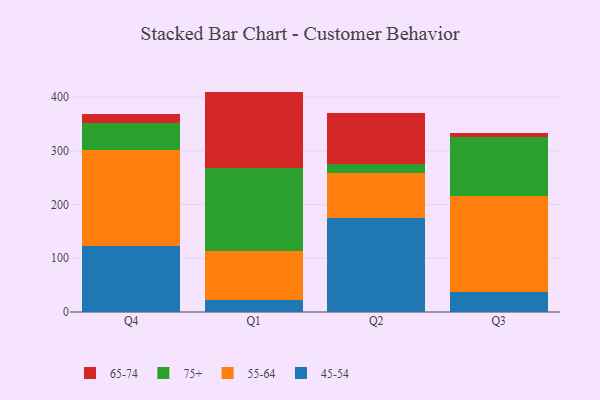
{"axis": {"x": "Quarter", "y": "Energy Usage (MWh)"}, "legend": ["45-54", "55-64", "65-74", "75+"], "data": [{"x": "Q4", "y": 123.6, "type": "45-54"}, {"x": "Q4", "y": 177.9, "type": "55-64"}, {"x": "Q4", "y": 49.9, "type": "75+"}, {"x": "Q4", "y": 17.2, "type": "65-74"}, {"x": "Q1", "y": 21.6, "type": "45-54"}, {"x": "Q1", "y": 92.1, "type": "55-64"}, {"x": "Q1", "y": 154.3, "type": "75+"}, {"x": "Q1", "y": 142.3, "type": "65-74"}, {"x": "Q2", "y": 174.6, "type": "45-54"}, {"x": "Q2", "y": 83.8, "type": "55-64"}, {"x": "Q2", "y": 16.5, "type": "75+"}, {"x": "Q2", "y": 96.1, "type": "65-74"}, {"x": "Q3", "y": 38.1, "type": "45-54"}, {"x": "Q3", "y": 177.4, "type": "55-64"}, {"x": "Q3", "y": 110.3, "type": "75+"}, {"x": "Q3", "y": 7.7, "type": "65-74"}]}